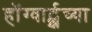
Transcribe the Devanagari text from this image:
हॉग्वार्ट्झच्या